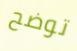
توضح